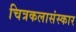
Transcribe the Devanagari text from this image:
चित्रकलासंस्कार